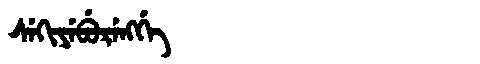
Manchu: ᠰᡝᡴᡳᠶᡝᠪᡠᡵᡝᠩᡤᡝ
Romanization: SEKIYEBURENGGE